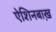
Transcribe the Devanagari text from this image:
ऐशिनबाख़